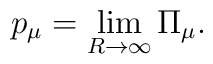
p_\mu = \lim_{R\to\infty} \Pi_\mu.